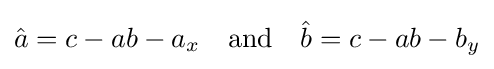
{\hat {a}}=c-ab-a_{x}\quad {\text{and}}\quad {\hat {b}}=c-ab-b_{y}